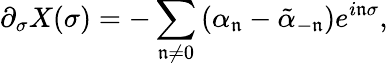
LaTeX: \partial_{\sigma}X(\sigma)=-\sum_{\mathfrak{n}\ne0}\left(\alpha_{\mathfrak{n}}-\tilde{{\alpha}}_{-\mathfrak{n}}\right)e^{i\mathfrak{n}\sigma},